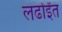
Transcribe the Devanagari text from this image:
लर्ढाईंत